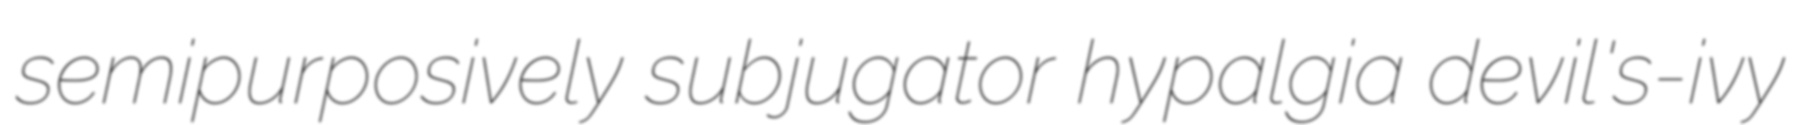
semipurposively subjugator hypalgia devil's-ivy